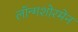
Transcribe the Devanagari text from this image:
लॉन्गशोरमेन